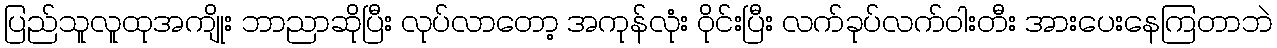
ပြည်သူလူထုအကျိုး ဘာညာဆိုပြီး လုပ်လာတော့ အကုန်လုံး ဝိုင်းပြီး လက်ခုပ်လက်ဝါးတီး အားပေးနေကြတာဘဲ